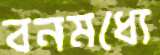
বনমধ্যে